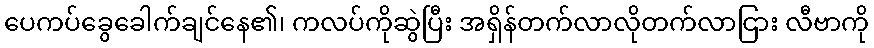
ပေကပ်ခွေခေါက်ချင်နေ၏၊ ကလပ်ကိုဆွဲပြီး အရှိန်တက်လာလိုတက်လာငြား လီဗာကို